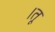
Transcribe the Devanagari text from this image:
।तू